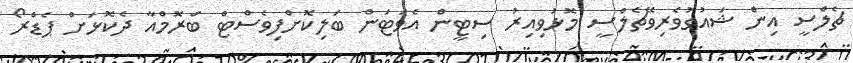
ޗެލްސީ އިން ޝައުގުވެރިވޭޗެލްސީ މޮޅުވިއިރު ސިޓީން އެވަޓަން ބަލިކޮށްފިވެސްޓް ބްރޮމްއާ ދެކޮޅަށް ޕެޑްރޯ